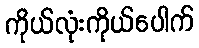
ကိုယ်လုံးကိုယ်ပေါက်